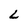
Character: L